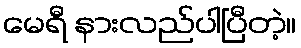
မေရီ နားလည်ပါပြီတဲ့။